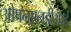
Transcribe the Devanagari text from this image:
ओपनएलडीआई